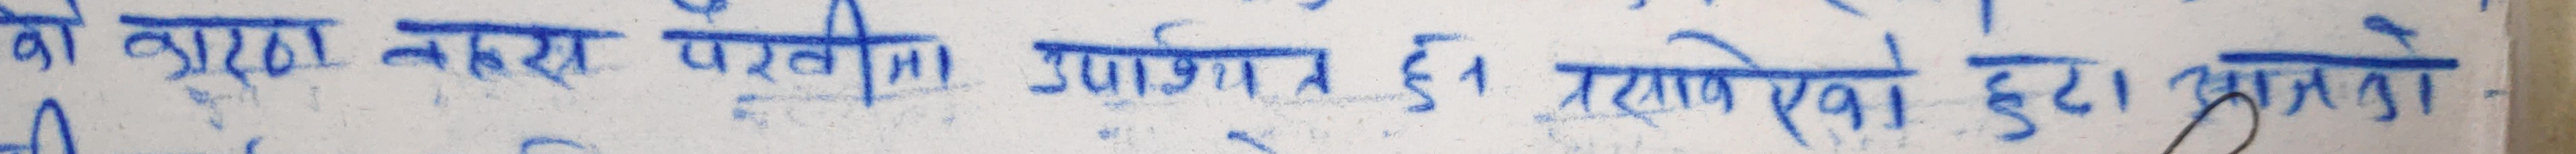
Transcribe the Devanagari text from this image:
को कारण पर्वता उपयोगी छ। लेखिएको कुरा आफ्नो